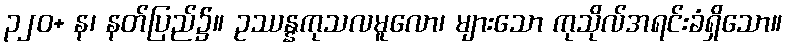
၃၂၀+ န၊ နတ်ပြည်၌။ ဥဿန္နကုသလမူလော၊ များသော ကုသိုလ်အရင်းခံရှိသော။